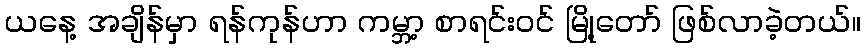
ယနေ့ အချိန်မှာ ရန်ကုန်ဟာ ကမ္ဘာ့ စာရင်းဝင် မြို့တော် ဖြစ်လာခဲ့တယ်။